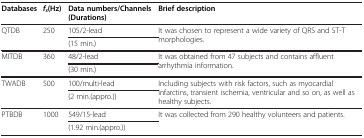
<table><thead><tr><td><b>Databases</b></td><td><b><i>f</i><sub><i>s</i></sub>(Hz)</b></td><td><b>Data numbers/Channels (Durations)</b></td><td><b>Brief description</b></td></tr></thead><tbody><tr><td rowspan="2">QTDB</td><td rowspan="2">250</td><td>105/2-lead</td><td rowspan="2">It was chosen to represent a wide variety of QRS and ST-T morphologies.</td></tr><tr><td>(15 min.)</td></tr><tr><td rowspan="2">MITDB</td><td rowspan="2">360</td><td>48/2-lead</td><td rowspan="2">It was obtained from 47 subjects and contains affluent arrhythmia information.</td></tr><tr><td>(30 min.)</td></tr><tr><td rowspan="2">TWADB</td><td rowspan="2">500</td><td>100/multi-lead</td><td rowspan="2">Including subjects with risk factors, such as myocardial infarctins, transient ischemia, ventricular and so on, as well as healthy subjects.</td></tr><tr><td>(2 min.(appro.))</td></tr><tr><td>PTBDB</td><td>1000</td><td>549/15-lead</td><td>It was collected from 290 healthy volunteers and patients.</td></tr><tr><td> </td><td> </td><td>(1.92 min.(appro.))</td><td> </td></tr></tbody></table>